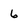
Character: 6